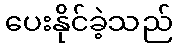
ပေးနိုင်ခဲ့သည်